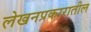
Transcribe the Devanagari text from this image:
लेखनप्रकारातील